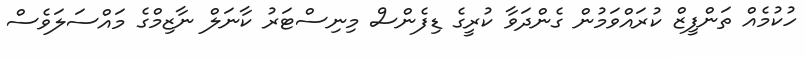
ހުކުމެއް ތަންފީޒް ކުރައްވަމުން ގެންދަވާ ކުރީގެ ޑިފެންސް މިނިސްޓަރު ކާނަލް ނާޒިމްގެ މައްސަލަވެސް